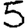
Digit: 5